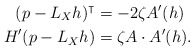
\begin{align*}(p-L_X h)^\intercal &= -2\zeta A'(h)\\H'(p-L_X h) &= \zeta A\cdot A'(h). \end{align*}